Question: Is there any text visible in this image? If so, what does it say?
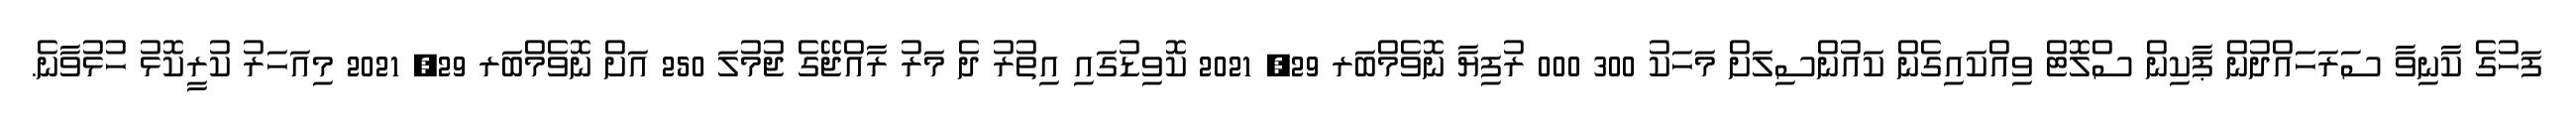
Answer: ފަހުގެ ކާނިވާ ސަރަހައްދުން ޕާކިން ސްލޮޓް ވިއްކައިގެން ކައުންސިލަށް މަހަކު 300 000 ރުފިޔާ ނޮވެމްބަރ 29, 2021 ކޮވިޑުގައި އިތުރު ދެ މަރު ރާއްޖޭގެ ޖުމުލަ 250 އަށް ނޮވެމްބަރ 29, 2021 މިއަހަރު ކުރީކޮޅު ހުޅުވާނެ.